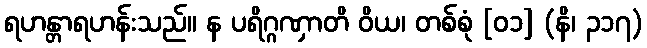
ရဟန္တာရဟန်းသည်။ န ပရိဂ္ဂဏှာတိ ဝိယ၊ တစ်စုံ [၀၁] (နိ၊ ၃၁၇)